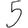
Digit: 5